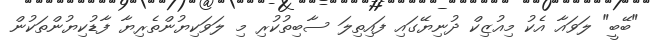
"ބޭބީ" ލަވައާ އެކު މިއުޒިކް ދުނިޔޭގައި ފައިތިލަ ސާބިތުކުރި މި ލަވަކިޔުންތެރިޔާ ފާޑުކިޔުންތަކުން